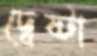
দ্বেষ্টা